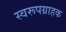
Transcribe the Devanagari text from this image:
स्वरूपग्राहक